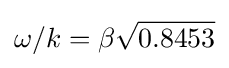
\omega /k=\beta {\sqrt {0.8453}}